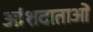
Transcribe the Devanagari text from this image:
आंशदाताओं